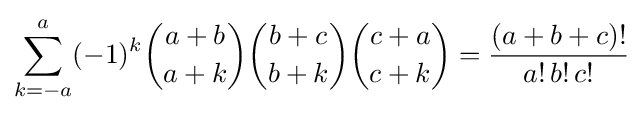
\sum _{k=-a}^{a}(-1)^{k}{a+b \choose a+k}{b+c \choose b+k}{c+a \choose c+k}={\frac {(a+b+c)!}{a!\,b!\,c!}}